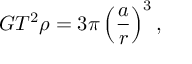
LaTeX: G T ^ { 2 } \rho = 3 \pi \left( { \frac { a } { r } } \right) ^ { 3 } ,